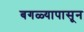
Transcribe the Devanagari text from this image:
बगळ्यापासून